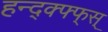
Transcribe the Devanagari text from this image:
हन्द्क्फ्फ्स्